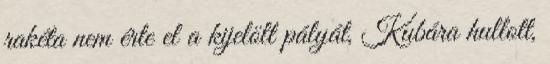
rakéta nem érte el a kijelölt pályát, Kubára hullott,